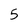
Character: 5